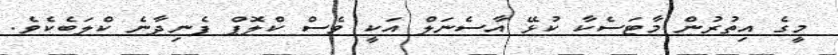
މީގެ އިތުރުން މާޓަސެކާ ކުޅޭ އާސެނަލް އަކީ ވެސް ކްލޮޕް ފެނިދާނެ ކްލަބެކެވެ.